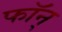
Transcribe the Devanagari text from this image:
फॉन्